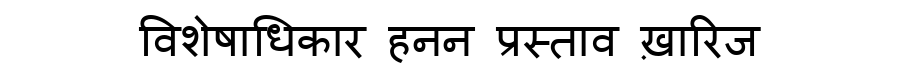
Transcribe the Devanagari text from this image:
विशेषाधिकार हनन प्रस्ताव ख़ारिज